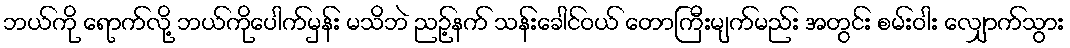
ဘယ်ကို ရောက်လို့ ဘယ်ကိုပေါက်မှန်း မသိဘဲ ညဉ့်နက် သန်းခေါင်ဝယ် တောကြီးမျက်မည်း အတွင်း စမ်းဝါး လျှောက်သွား